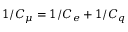
1 / C _ { \mu } = 1 / C _ { e } + 1 / C _ { q }